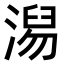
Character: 𣺅